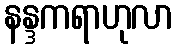
နန္ဒကရာဟုလာ